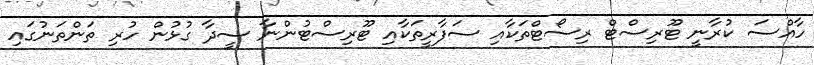
ހާއްސަ ކުރާނީ ޓޫރިސްޓް ރިސޯޓްތަކާއި ސަފާރީތަކާއި ޓޫރިސްޓުންނާ ސީދާ ގުޅުން ހުރި ތަންތަނުގައި